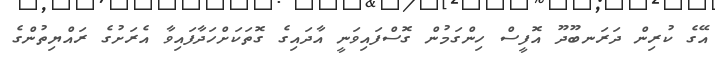
އޭގެ ކުރިން ދަރަނބޫދޫ އޮފީސް ހިންގަމުން ގޮސްފައިވަނީ އާދައިގެ ގޮތަކަށްހަދާފައިވާ އެރަށުގެ ރައްޔިތުންގެ